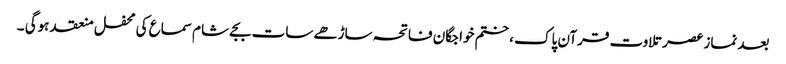
بعد نماز عصر تلاوت قرآن پاک ، ختم خواجگان فاتحہ ساڑھے سات بجے شام سماع کی محفل منعقد ہوگی ۔